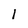
Character: 1